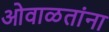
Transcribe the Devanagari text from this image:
ओवाळतांना